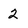
Character: 2